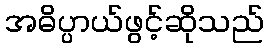
အဓိပ္ပာယ်ဖွင့်ဆိုသည်